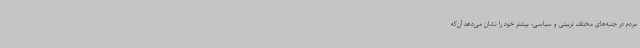
مردم در جنبه‌های مختلف تربیتی و سیاسی، بیشتر خود را نشان می‌دهد آن‌که